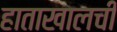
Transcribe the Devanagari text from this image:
हाताखालची